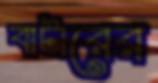
বাটারের